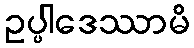
ဥပ္ပါဒေဿာမိ